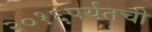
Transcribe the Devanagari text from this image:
२०१६पर्यंतची